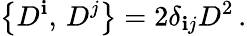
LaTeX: \left\{ D^{\mathbf{i}},\, D^{j}\right\} =2\delta_{\mathbf{i}j}D^{2}\, .